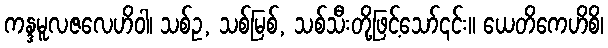
ကန္ဒမူလဇလေဟိဝါ၊ သစ်ဥ, သစ်မြစ်, သစ်သီးတို့ဖြင့်သော်၎င်း။ ယေတိကေဟိစိ၊